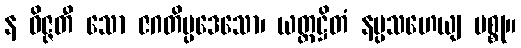
န ဝိဇ္ဇတီ သော ဇဂတိပ္ပဒေသော၊ ယတ္ထဋ္ဌိတံ နပ္ပသဟေယျ မစ္စု။